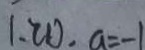
1 . 2 0 . a = - 1